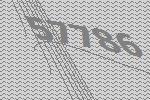
57786